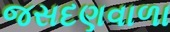
જસદણવાળા